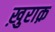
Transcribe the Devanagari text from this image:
ख़ुराक़